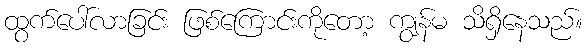
ထွက်ပေါ်လာခြင်း ဖြစ်ကြောင်းကိုတော့ ကျွန်မ သိရှိနေသည်။